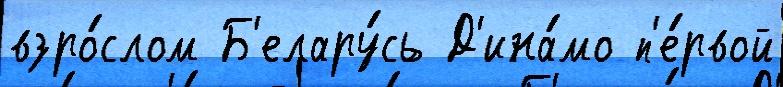
взро́слом Б'елару́сь Д'ина́мо п'е́рвой